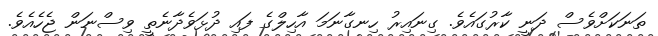
ތަނަކަށްވެސް ދަނީ ކާރުގައެވެ. ގިނައިރު ހިނގާނަމަ އާހިލްގެ ފައި ދުޅަވެދާނެތީ ވިސްނަން ޖެހެއެވެ.